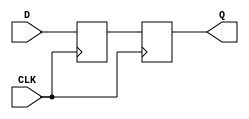
module TwoFF_Metastability_Detector (
    input wire CLK,    // Local clock signal
    input wire D,      // Asynchronous input signal
    output reg Q       // Stable output signal
);

    // Internal signals for the flip-flops
    reg ff1_out; // Output of the first flip-flop

    // First flip-flop (FF1)
    always @(posedge CLK) begin
        ff1_out <= D; // Sample the asynchronous input D
    end

    // Second flip-flop (FF2)
    always @(posedge CLK) begin
        Q <= ff1_out; // Sample the output of FF1
    end

endmodule